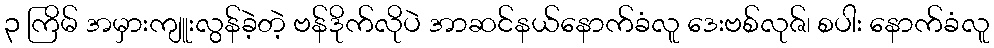
၃ ကြိမ် အမှားကျူးလွန်ခဲ့တဲ့ ဗန်ဒိုက်လိုပဲ အာဆင်နယ်နောက်ခံလူ ဒေးဗစ်လုဇ်၊ စပါး နောက်ခံလူ